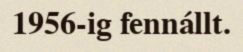
1956-ig fennállt.